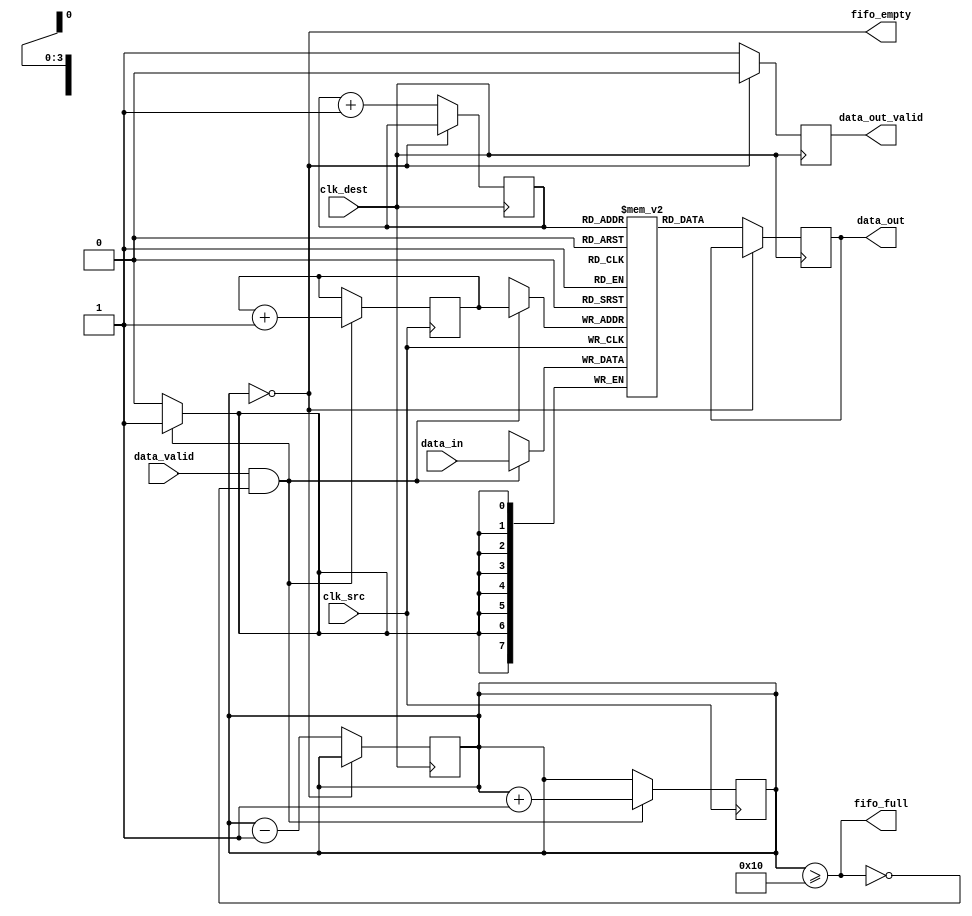
module time_stamped_synchronizer #(
    parameter DATA_WIDTH = 8,
    parameter FIFO_DEPTH = 16
)(
    input                clk_src,        // Source clock
    input                clk_dest,       // Destination clock
    input [DATA_WIDTH-1:0] data_in,     // Data input from source memory
    input                data_valid,     // Indicates valid data is present
    output reg [DATA_WIDTH-1:0] data_out, // Data output to destination memory
    output reg          data_out_valid,   // Data valid output signal
    output              fifo_full,         // FIFO full indicator
    output              fifo_empty         // FIFO empty indicator
);

// FIFO buffer signals
reg [DATA_WIDTH-1:0] fifo_data [0:FIFO_DEPTH-1];
reg [clog2(FIFO_DEPTH)-1:0] write_ptr;
reg [clog2(FIFO_DEPTH)-1:0] read_ptr;
reg [FIFO_DEPTH:0] fifo_count; // Count of current entries in the FIFO

// Timestamp generation
reg [31:0] timestamp; // 32-bit timestamp

function integer clog2;
    input integer value;
    begin
        value = value - 1;
        for (clog2 = 0; value > 0; clog2 = clog2 + 1)
            value = value >> 1;
    end
endfunction

// Write data and timestamp into the FIFO on clk_src
always @(posedge clk_src) begin
    if (data_valid && !fifo_full) begin
        fifo_data[write_ptr] <= data_in;
        write_ptr <= write_ptr + 1;
        fifo_count <= fifo_count + 1;

        // Generate and store the timestamp
        timestamp <= timestamp + 1; // Increment timestamp for each data input
    end
end

// Assign FIFO full and empty signals
assign fifo_full = (fifo_count >= FIFO_DEPTH);
assign fifo_empty = (fifo_count == 0);

// Read data from FIFO on clk_dest
always @(posedge clk_dest) begin
    if (!fifo_empty) begin
        data_out <= fifo_data[read_ptr];
        read_ptr <= read_ptr + 1;
        fifo_count <= fifo_count - 1;
        data_out_valid <= 1'b1; // Indicate valid output data 

        // Optionally, use an output for the timestamp if required
    end else begin
        data_out_valid <= 1'b0; // No valid data to output
    end
end

endmodule